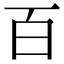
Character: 百